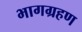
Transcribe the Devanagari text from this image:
भागग्रहण